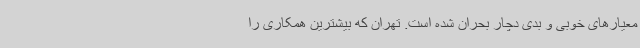
معیارهای خوبی و بدی دچار بحران شده است. تهران که بیشترین همکاری را